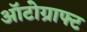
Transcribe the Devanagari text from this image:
ऑटोग्राफ्ट